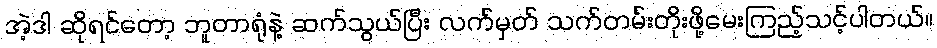
အဲ့ဒါ ဆိုရင်တော့ ဘူတာရုံနဲ့ ဆက်သွယ်ပြီး လက်မှတ် သက်တမ်းတိုးဖို့မေးကြည့်သင့်ပါတယ်။